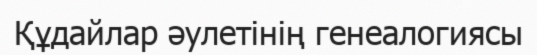
Құдайлар әулетінің генеалогиясы